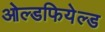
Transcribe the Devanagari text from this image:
ओल्डफियेल्ड